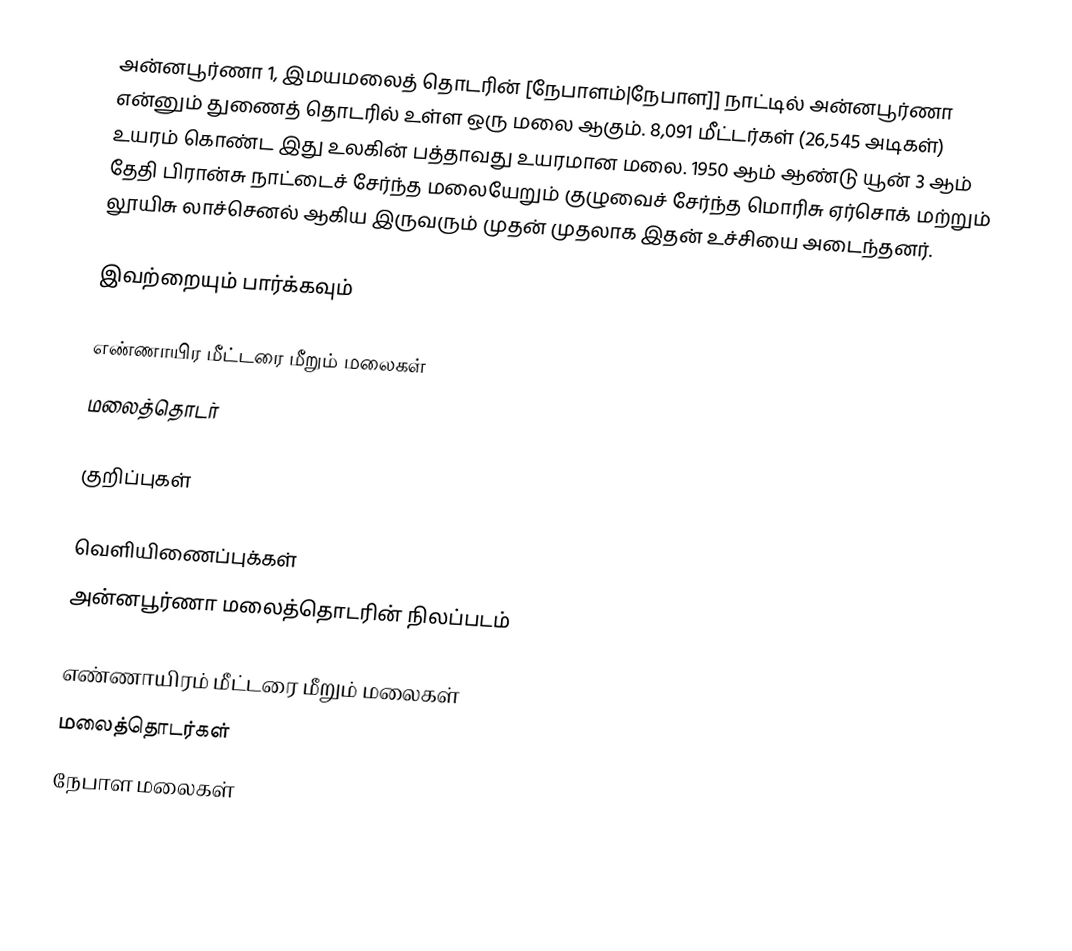
அன்னபூர்ணா 1, இமயமலைத் தொடரின் [நேபாளம்|நேபாள]] நாட்டில் அன்னபூர்ணா என்னும் துணைத் தொடரில் உள்ள ஒரு மலை ஆகும். 8,091 மீட்டர்கள் (26,545 அடிகள்) உயரம் கொண்ட இது உலகின் பத்தாவது உயரமான மலை. 1950 ஆம் ஆண்டு யூன் 3 ஆம் தேதி பிரான்சு நாட்டைச் சேர்ந்த மலையேறும் குழுவைச் சேர்ந்த மொரிசு ஏர்சொக் மற்றும் லூயிசு லாச்செனல் ஆகிய இருவரும் முதன் முதலாக இதன் உச்சியை அடைந்தனர்.

இவற்றையும் பார்க்கவும்

 எண்ணாயிர மீட்டரை மீறும் மலைகள்
 மலைத்தொடர்

குறிப்புகள்

வெளியிணைப்புக்கள்
 அன்னபூர்ணா மலைத்தொடரின் நிலப்படம்

எண்ணாயிரம் மீட்டரை மீறும் மலைகள்
மலைத்தொடர்கள்
நேபாள மலைகள்